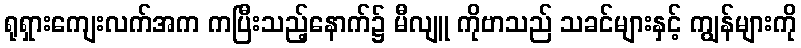
ရုရှားကျေးလက်အက ကပြီးသည့်နောက်၌ မီလျူ ကိုဗာသည် သခင်များနှင့် ကျွန်များကို